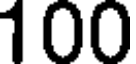
100